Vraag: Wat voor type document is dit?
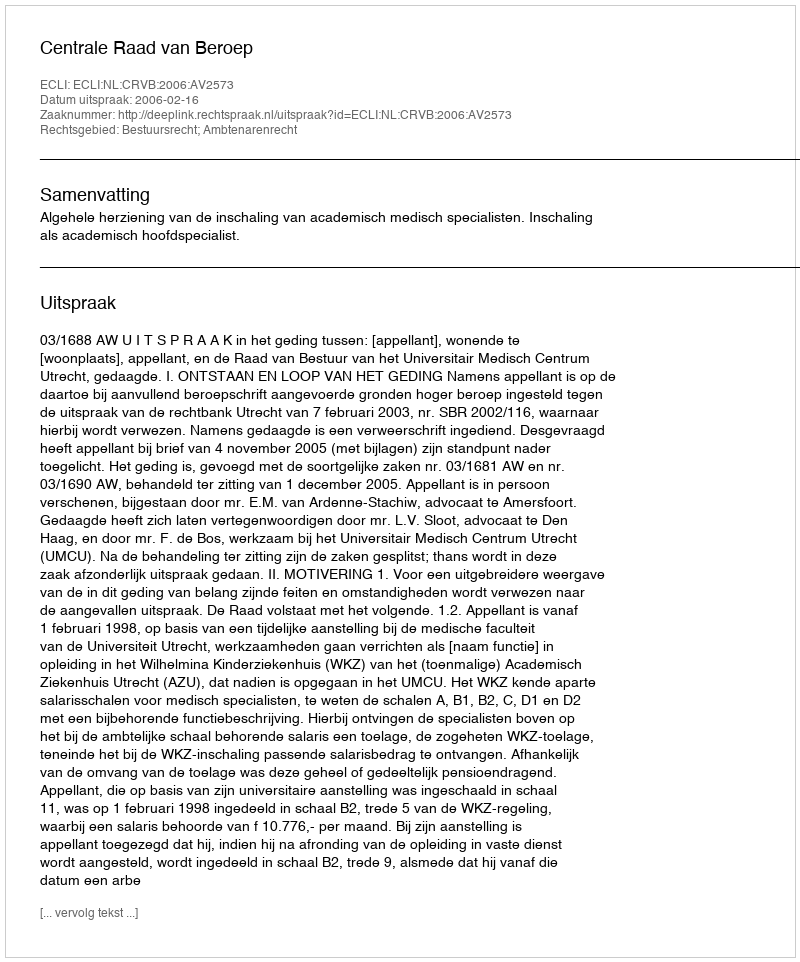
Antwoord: Uitspraak